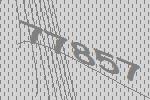
77857